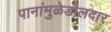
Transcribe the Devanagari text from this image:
पानांमुळेडौलदार